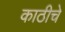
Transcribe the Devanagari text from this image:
काठीचे